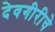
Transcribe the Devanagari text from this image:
देवगीरीचे